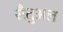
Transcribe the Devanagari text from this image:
सैतुअल